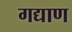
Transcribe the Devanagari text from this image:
गद्याण